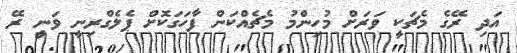
އަދި ރޭގެ މެޗަކީ ވަރަށް މުހިންމު މެޗެއްކަން ފާހަގަކޮށް ޕެލެގްރިނީ ވަނީ ރޭ